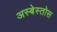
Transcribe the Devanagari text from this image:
अस्बेस्तोस